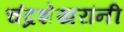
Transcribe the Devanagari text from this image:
चंद्रशेखरांनी